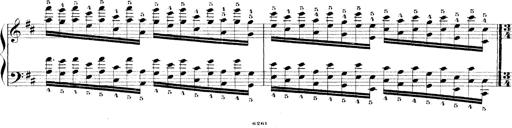
Title: Technische Studien
Composer: Franz Liszt